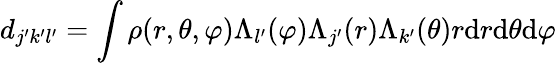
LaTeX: d_{j^{\prime}k^{\prime}l^{\prime}}=\int\rho(r,\theta,\varphi)\Lambda_{l^{\prime}}(\varphi)\Lambda_{j^{\prime}}(r)\Lambda_{k^{\prime}}(\theta)r\mathrm{d}r\mathrm{d}\theta\mathrm{d}\varphi